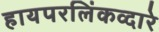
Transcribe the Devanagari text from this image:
हायपरलिंकव्दारे